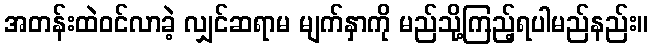
အတန်းထဲဝင်လာခဲ့ လျှင်ဆရာမ မျက်နှာကို မည်သို့ကြည့်ရပါမည်နည်း။